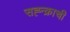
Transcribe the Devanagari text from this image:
सह्न्क्राची